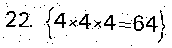
22. {4×4×4=64}